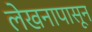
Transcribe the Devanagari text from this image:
लेखनापासून